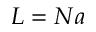
L = N a